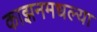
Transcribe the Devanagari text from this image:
काझनमधल्या